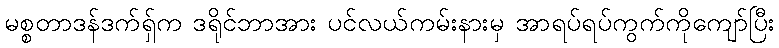
မစ္စတာဒန်ဒက်ရှ်က ဒရိုင်ဘာအား ပင်လယ်ကမ်းနားမှ အာရပ်ရပ်ကွက်ကိုကျော်ပြီး